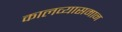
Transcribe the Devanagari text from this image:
कालव्यासमान